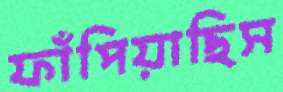
ফাঁপিয়াছিস